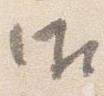
御